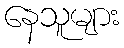
နေသူများ